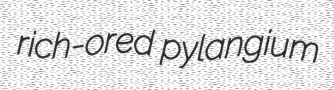
rich-ored pylangium